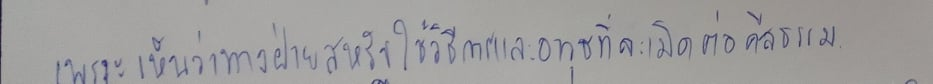
เพราะเห็นว่าทางฝ่ายสหรัฐใช้วิธีการและอาวุธที่ละเมิดต่อศีลธรรม